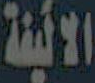
الاليفة